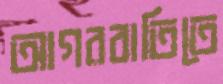
আগরবাতিতে